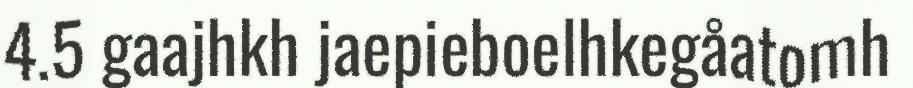
4.5 gaajhkh jaepieboelhkegåatomh